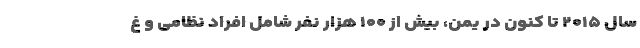
سال ۲۰۱۵ تا کنون در یمن، بیش از ۱۰۰ هزار نفر شامل افراد نظامی و غ